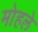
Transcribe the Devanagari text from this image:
माेहले